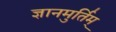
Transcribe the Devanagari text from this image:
ज्ञानमुर्तिम्‌